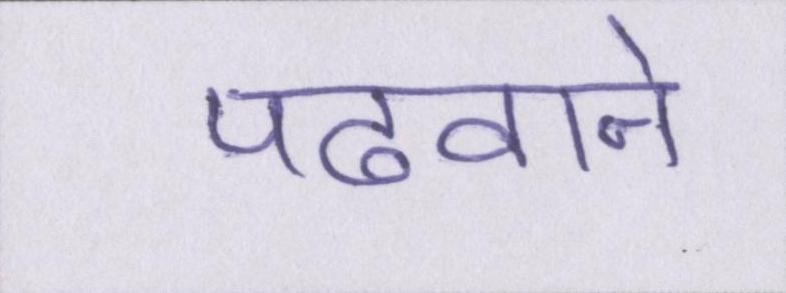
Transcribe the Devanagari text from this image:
पढवाने